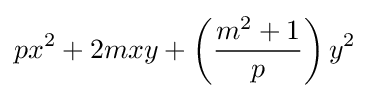
px^{2}+2mxy+\left({\frac {m^{2}+1}{p}}\right)y^{2}